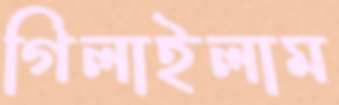
গিলাইলাম